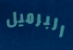
البرميل